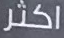
اكثر